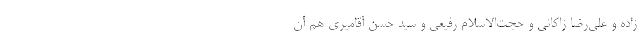
زاده و علی‌رضا زاکانی و حجت‌الاسلام رفیعی و سید حسن آقامیری هم آن